Plague in India, 1896, 1897 - Volume 3
Year: 1896
Disease focus: Plague
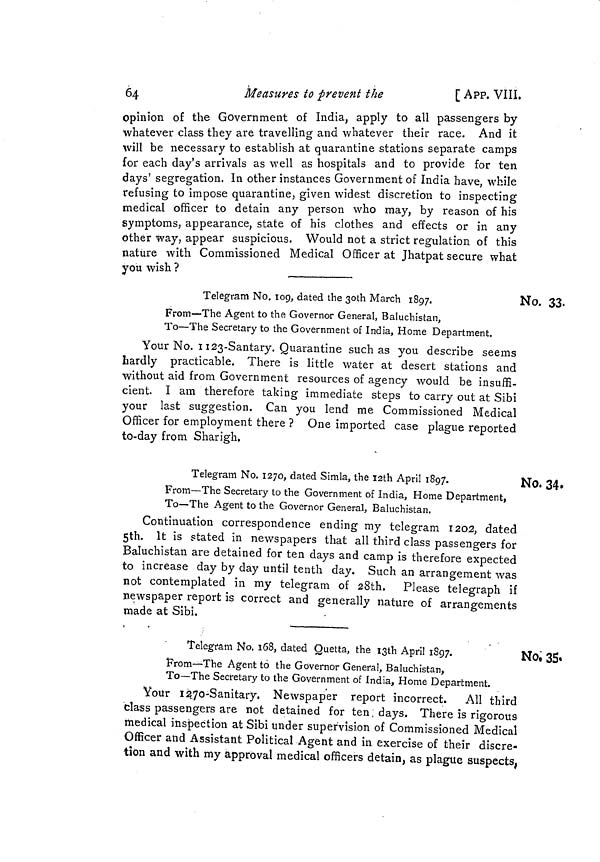
64
Measures to prevent the
[ APP. VIII.
opinion of the Government of India, apply to all passengers by-
whatever class they are travelling and whatever their race. And it
will be necessary to establish at quarantine stations separate camps
for each day's arrivals as well as hospitals and to provide for ten
days' segregation. In other instances Government of India have, while
refusing to impose quarantine, given widest discretion to inspecting
medical officer to detain any person who may, by reason of his
symptoms, appearance, state of his clothes and effects or in any
other way, appear suspicious. Would not a strict regulation of this
nature with Commissioned Medical Officer at Jhatpat secure what
you wish ?
No. 33.
Telegram No. 109, dated the 30th March 1897.
From—The Agent to the Governor General, Baluchistan,
To—The Secretary to the Government of India, Home Department.
Your No. 1123-Santary. Quarantine such as you describe seems
hardly practicable. There is little water at desert stations and
without aid from Government resources of agency would be insuffi-
cient. I am therefore taking immediate steps to carry out at Sibi
your last suggestion. Can you lend me Commissioned Medical
Officer for employment there ? One imported case plague reported
to-day from Sharigh.
No, 34.
Telegram No. 1270, dated Simla, the 12th April
1897.
J
From—The Secretary to the Government of India, Home Department,
To—The Agent to the Governor General, Baluchistan.
Continuation correspondence ending my telegram 1202, dated
5th. It is stated in newspapers that all third class passengers for
Baluchistan are detained for ten days and camp is therefore expected
to increase day by day until tenth day. Such an arrangement was
not contemplated in my telegram of 28th. Please telegraph if
newspaper report is correct and generally nature of arrangements
made at Sibi.
No. 35.
Telegram
No. 168, dated Quetta, the 13th April 1897.
From—The Agent to the Governor General, Baluchistan,
To—The Secretary to the Government of India, Home Department.
Your 1270-Sanitary. Newspaper report incorrect. All third
class passengers are not detained for ten, days. There is rigorous
medical inspection at Sibi under supervision of Commissioned Medical
Officer and Assistant Political Agent and in exercise of their discre-
tion and with my approval medical officers detain, as plague suspects.